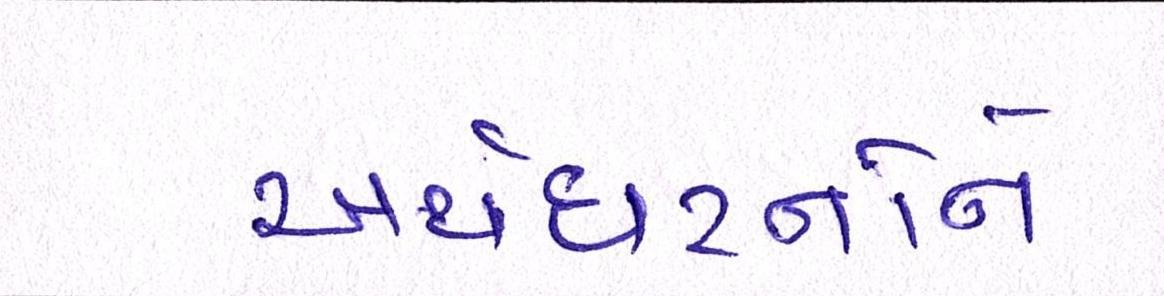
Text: અર્થઘટનોને